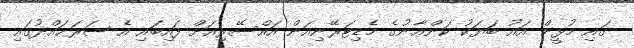
ގައި މުޅީން އައު ބަޔަކު ކަންޢާނުގެ މެޑިޓަރޭނިއަން އައްސޭރިއަށް ފައިބައި އެ ސަރަޙައްދުގައި